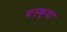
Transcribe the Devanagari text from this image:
बरक्या